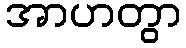
အာဟတွာ